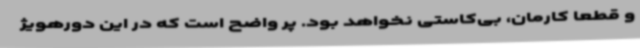
و قطعا کارمان، بی‌کاستی نخواهد بود. پر واضح است که در این دورهویژ